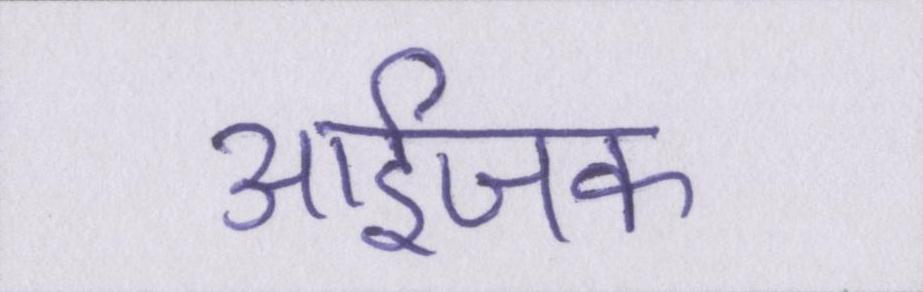
आईजक